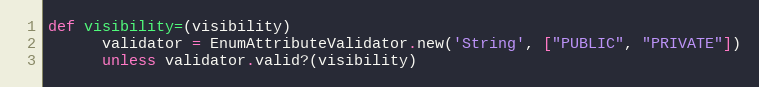
Language: Ruby
def visibility=(visibility)
      validator = EnumAttributeValidator.new('String', ["PUBLIC", "PRIVATE"])
      unless validator.valid?(visibility)